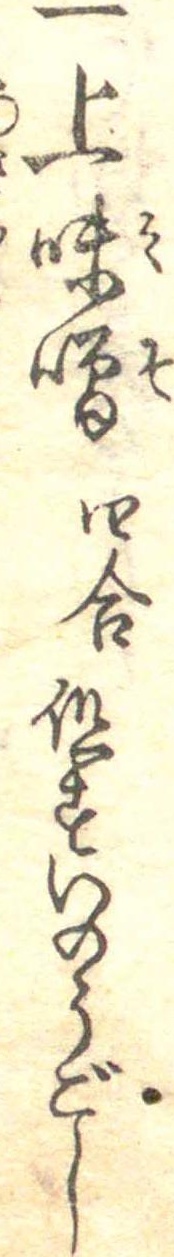
一上味噌四合但すいのうごし